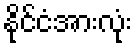
နိုင်ငံအားလုံး